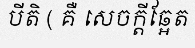
បីតិ ( គឺ សេចក្តីឆ្អែត